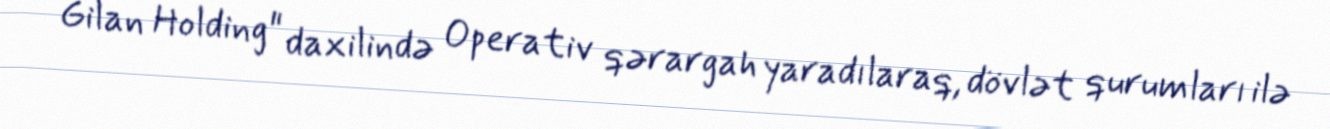
Gilan Holding" daxilində Operativ qərargah yaradılaraq, dövlət qurumları ilə